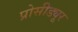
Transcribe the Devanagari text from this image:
प्रोसीड्यूर